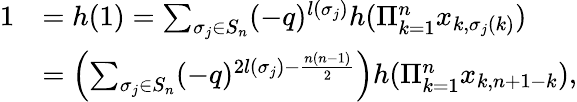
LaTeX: \begin{array}{rl}{1}&{=h(1)=\sum_{\sigma_{j}\in S_{n}}(-q)^{l(\sigma_{j})}h(\Pi_{k=1}^{n}x_{k,\sigma_{j}(k)})}\\ &{=\left(\sum_{\sigma_{j}\in S_{n}}(-q)^{2l(\sigma_{j})-\frac{n(n-1)}{2}}\right)h(\Pi_{k=1}^{n}x_{k,n+1-k}),}\end{array}